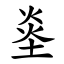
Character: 烾